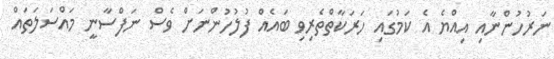
ނަރުހުންނާއި އިއްޔެ އެ ކަމުގައި ހަރަކާތްތެރިވި ބައެއް ފުލުހުންނަށް ވެސް ނަފްސާނީ މައްސަލަތައް